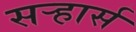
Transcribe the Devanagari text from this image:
सऱ्हार्स